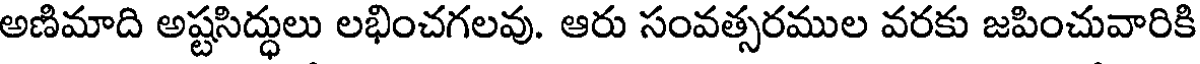
అణిమాది అష్టసిద్ధులు లభించగలవు. ఆరు సంవత్సరముల వరకు జపించువారికి